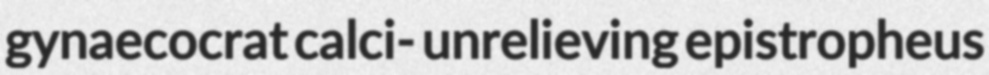
gynaecocrat calci- unrelieving epistropheus